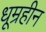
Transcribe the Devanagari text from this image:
धूम्रहीन